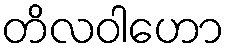
တိလဝါဟော